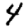
Digit: 4